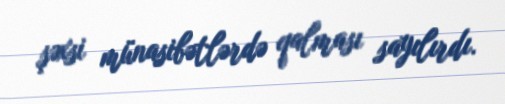
şəxsi münasibətlərdə qalması sayılırdı.